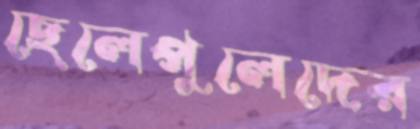
ছেলেপুলেদের